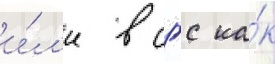
и́л'и в сгс ка́к